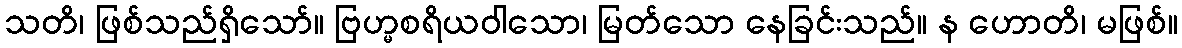
သတိ၊ ဖြစ်သည်ရှိသော်။ ဗြဟ္မစရိယဝါသော၊ မြတ်သော နေခြင်းသည်။ န ဟောတိ၊ မဖြစ်။